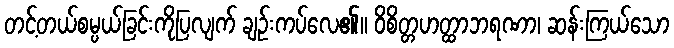
တင့်တယ်စမ္ပယ်ခြင်းကိုပြလျက် ချဉ်းကပ်လေ၏။ ဝိစိတ္တဟတ္ထာဘရဏာ၊ ဆန်းကြယ်သော